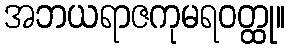
အဘယရာဇကုမရဝတ္ထု။